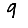
Digit: 9